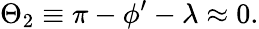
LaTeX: \Theta_{2}\equiv\pi-\phi^{\prime}-\lambda\approx 0.